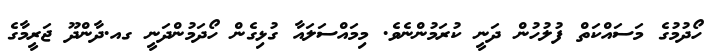
ހޯދުމުގެ މަސައްކަތް ފުލުހުން ދަނީ ކުރަމުންނެވެ. މިމައްސަލައާ ގުޅިގެން ހޯދަމުންދަނީ ގއ.ދާންދޫ ޖަރީމާގެ